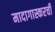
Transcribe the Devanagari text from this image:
मादागास्करची